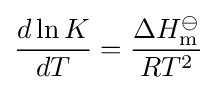
{\frac {d\ln K}{dT}}={\frac {\Delta H_{\mathrm {m} }^{\ominus }}{RT^{2}}}